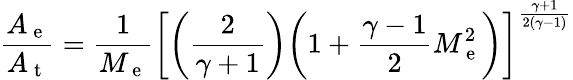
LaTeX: \frac{A_{\mathrm{~e~}}}{A_{\mathrm{~t~}}}=\frac{1}{M_{\mathrm{~e~}}}\bigg[\bigg(\frac{2}{\gamma+1}\bigg)\bigg(1+\frac{\gamma-1}{2}M_{\mathrm{~e~}}^{2}\bigg)\bigg]^{\frac{\gamma+1}{2(\gamma-1)}}